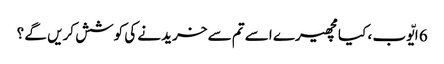
6 ایّوب ، کیا مچھیرے اسے تم سے خریدنے کی کوشش کریں گے ؟